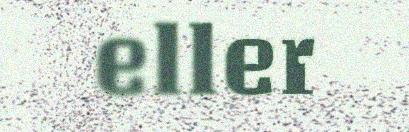
eller